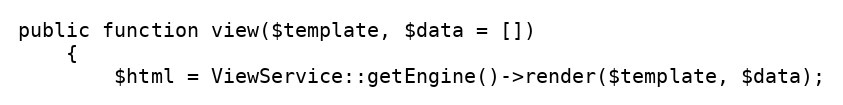
Language: PHP
public function view($template, $data = [])
    {
        $html = ViewService::getEngine()->render($template, $data);